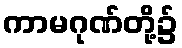
ကာမဂုဏ်တို့၌